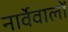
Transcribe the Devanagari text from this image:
नार्वेवालों